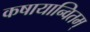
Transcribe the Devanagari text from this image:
कषायान्वितम्